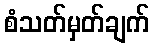
စံသတ်မှတ်ချက်